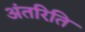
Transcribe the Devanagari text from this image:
अंतरिति